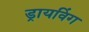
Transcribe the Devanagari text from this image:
ड्रायविंग